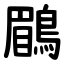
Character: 鶥